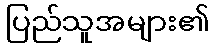
ပြည်သူအများ၏